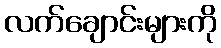
လက်ချောင်းများကို